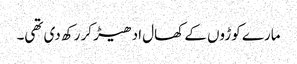
مارے کوڑوں کے کھال ادھیڑ کر رکھ دی تھی۔